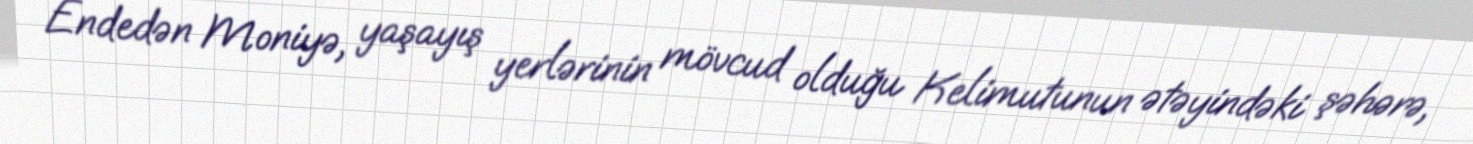
Endedən Moniyə, yaşayış yerlərinin mövcud olduğu Kelimutunun ətəyindəki şəhərə,